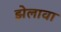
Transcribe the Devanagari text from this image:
झेलावा